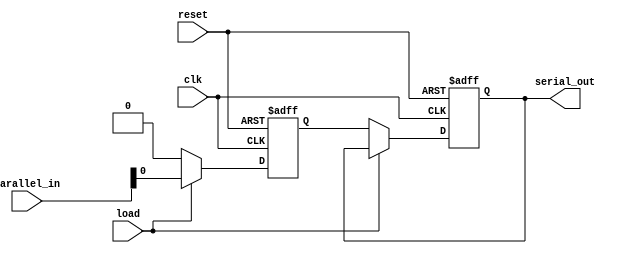
module parameterized_shift_register #(
    parameter WIDTH = 8,  // Number of bits in the shift register
    parameter DEPTH = 4   // Number of stages (or registers)
)(
    input wire clk,                     // Clock signal
    input wire reset,                   // Asynchronous reset signal
    input wire load,                    // Load signal
    input wire [WIDTH-1:0] parallel_in, // Parallel input data
    output reg serial_out               // Serial output
);

    // Internal register to hold the shift register stages
    reg [WIDTH-1:0] shift_reg [0:DEPTH-1];

    integer i;

    always @(posedge clk or posedge reset) begin
        if (reset) begin
            // If reset is high, clear all stages of the shift register
            for (i = 0; i < DEPTH; i = i + 1) begin
                shift_reg[i] <= {WIDTH{1'b0}};
            end
            serial_out <= 1'b0; // Clear serial output
        end else begin
            if (load) begin
                // If load is high, load parallel data into the first stage
                shift_reg[0] <= parallel_in;
            end else begin
                // Shift the contents of the register
                for (i = DEPTH-1; i > 0; i = i - 1) begin
                    shift_reg[i] <= shift_reg[i-1];
                end
                // The LSB of the first stage is the serial output
                serial_out <= shift_reg[0][0];
                // Shift the first stage to the right, filling it with zeros
                shift_reg[0] <= {shift_reg[0][WIDTH-2:0], 1'b0}; // Shift and zero-fill
            end
        end
    end

endmodule